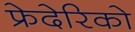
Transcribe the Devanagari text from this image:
फ्रेदेरिको